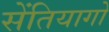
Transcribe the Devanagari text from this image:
सेंतियागो